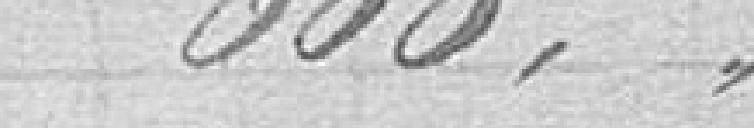
600,